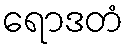
ရောဒတံ